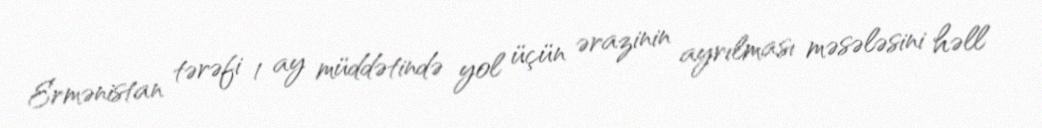
Ermənistan tərəfi 1 ay müddətində yol üçün ərazinin ayrılması məsələsini həll